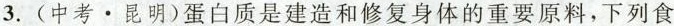
3. (中考 · 昆明)蛋白质是建造和修复身体的重要原料，下列食